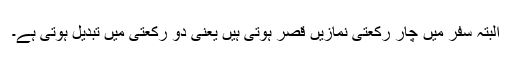
البتہ سفر میں چار رکعتی نمازیں قصر ہوتی ہیں یعنی دو رکعتی میں تبدیل ہوتی ہے۔